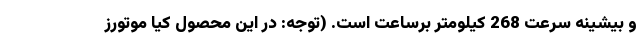
و بیشینه سرعت 268 کیلومتر برساعت است. (توجه: در این محصول کیا موتورز